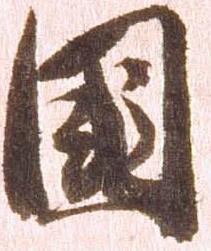
国